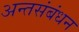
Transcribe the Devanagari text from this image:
अन्तसंबंधन